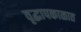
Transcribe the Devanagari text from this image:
वृद्धापकाळात